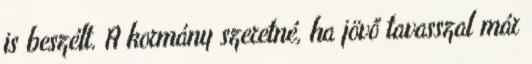
is beszélt. A kormány szeretné, ha jövő tavasszal már